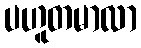
ပဟူတမာလာ